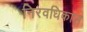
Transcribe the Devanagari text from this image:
निरवधिकाल